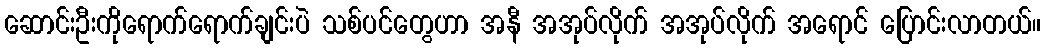
ဆောင်းဦးကိုရောက်ရောက်ချင်းပဲ သစ်ပင်တွေဟာ အနီ အအုပ်လိုက် အအုပ်လိုက် အရောင် ပြောင်းလာတယ်။